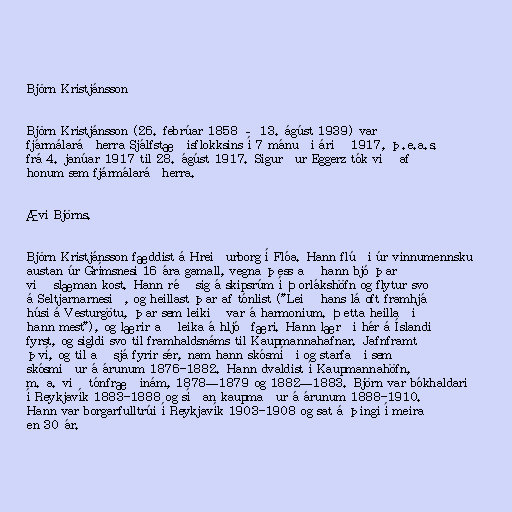
Björn Kristjánsson

Björn Kristjánsson (26. febrúar 1858 – 13. ágúst 1939) var
fjármálaráðherra Sjálfstæðisflokksins í 7 mánuði árið 1917, þ.e.a.s.
frá 4. janúar 1917 til 28. ágúst 1917. Sigurður Eggerz tók við af
honum sem fjármálaráðherra.

Ævi Björns.

Björn Kristjánsson fæddist á Hreiðurborg í Flóa. Hann flúði úr vinnumennsku
austan úr Grímsnesi 16 ára gamall, vegna þess að hann bjó þar
við slæman kost. Hann réð sig á skipsrúm í Þorlákshöfn og flytur svo
á Seltjarnarnesið, og heillast þar af tónlist ("Leið hans lá oft framhjá
húsi á Vesturgötu, þar sem leikið var á harmonium. Þetta heillaði
hann mest"), og lærir að leika á hljóðfæri. Hann lærði hér á Íslandi
fyrst, og sigldi svo til framhaldsnáms til Kaupmannahafnar. Jafnframt
því, og til að sjá fyrir sér, nam hann skósmíði og starfaði sem
skósmiður á árunum 1876-1882. Hann dvaldist í Kaupmannahöfn,
m. a. við tónfræðinám, 1878—1879 og 1882—1883. Björn var bókhaldari
í Reykjavík 1883-1888 og síðan kaupmaður á árunum 1888-1910.
Hann var borgarfulltrúi í Reykjavík 1903-1908 og sat á þingi í meira
en 30 ár.